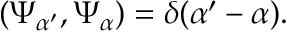
\left( \Psi _ { \alpha ^ { \prime } } , \Psi _ { \alpha } \right) = \delta ( \alpha ^ { \prime } - \alpha ) .